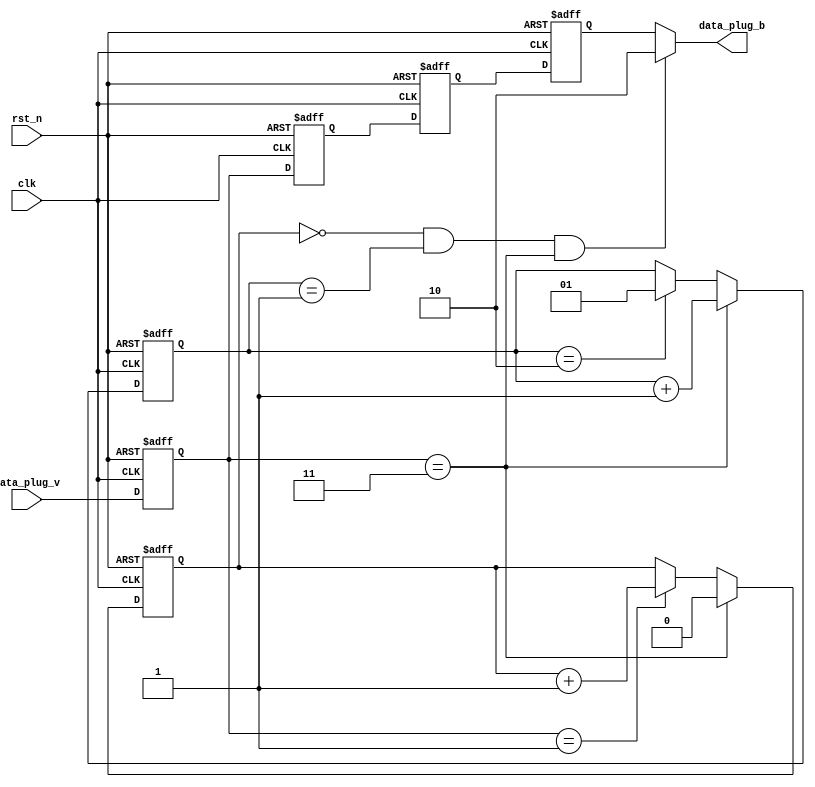
`timescale 1ns/1ns

module hdb3_plug_b(
input rst_n,
input clk,
input [1:0] data_plug_v,
output [1:0] data_plug_b
);

reg count_1; 
reg [1:0] count_v; 
reg [1:0] data[3:0];
reg [1:0] i;
	
always@(posedge clk or negedge rst_n) begin
  if (!rst_n) begin
		count_1 <= 1'b0;
		count_v <= 1'b0;
	  end
  else begin
	  if(data[0] == 2'b11) begin
			count_1 <= 1'b0; 
			count_v <= count_v + 1'b1;
		  end
	  else if(data[0] == 2'b01) begin
			count_1 <= count_1 + 1'b1;
			if(count_v  == 2'd2) count_v <= 1'b1;
		  end
	  else begin
			if(count_v  == 2'd2) count_v <= 1'b1;
		  end
	end
end

always@(posedge clk or negedge rst_n) begin
		if (!rst_n) begin
		//	for (i=0; i<3; i=i+1)
		//		data[i] <= 2'b0;
			data[3] <= 2'b0;
			data[2] <= 2'b0;
			data[1] <= 2'b0;
			data[0] <= 2'b0;
		end
		else begin
			data[3] <= data[2];
			data[2] <= data[1];
			data[1] <= data[0];
			data[0] <= data_plug_v;
		end
end

assign data_plug_b = (count_1 == 1'b0)&&(count_v == 1'b1)&&(data[0] == 2'b11) ? 2'b10 : data[3];
	
endmodule